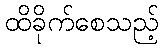
ထိခိုက်စေသည့်